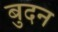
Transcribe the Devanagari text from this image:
बुदन